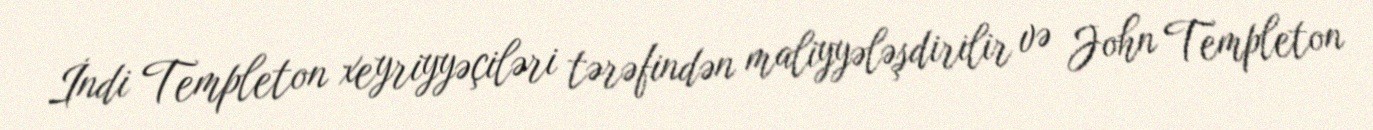
İndi Templeton xeyriyyəçiləri tərəfindən maliyyələşdirilir və John Templeton